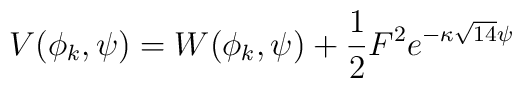
{V(\phi_k,\psi)=W(\phi_k,\psi)+\frac{1}{2}F^2e^{-\kappa\sqrt{14}\psi}}